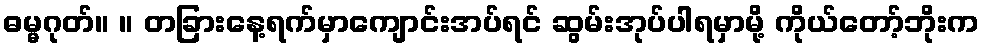
ဓမ္မဂုတ်။ ။ တခြားနေ့ရက်မှာကျောင်းအပ်ရင် ဆွမ်းအုပ်ပါရမှာမို့ ကိုယ်တော့်ဘိုးက